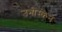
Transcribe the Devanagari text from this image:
उनीस्केन